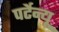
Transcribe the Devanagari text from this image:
पर्टेन्यू